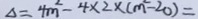
\Delta = 4 m ^ { 2 } - 4 \times 2 \times ( m ^ { 2 } - 2 0 ) =